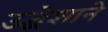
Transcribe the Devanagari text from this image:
उद्धेशाने